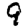
Digit: 9